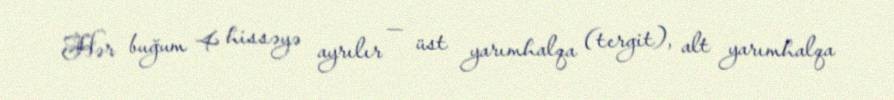
Hər buğum 4 hissəyə ayrılır — üst yarımhalqa (tergit), alt yarımhalqa